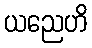
ယညေဟိ